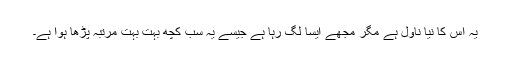
یہ اس کا نیا ناول ہے مگر مجھے ایسا لگ رہا ہے جیسے یہ سب کچھ بہت بہت مرتبہ پڑھا ہوا ہے۔